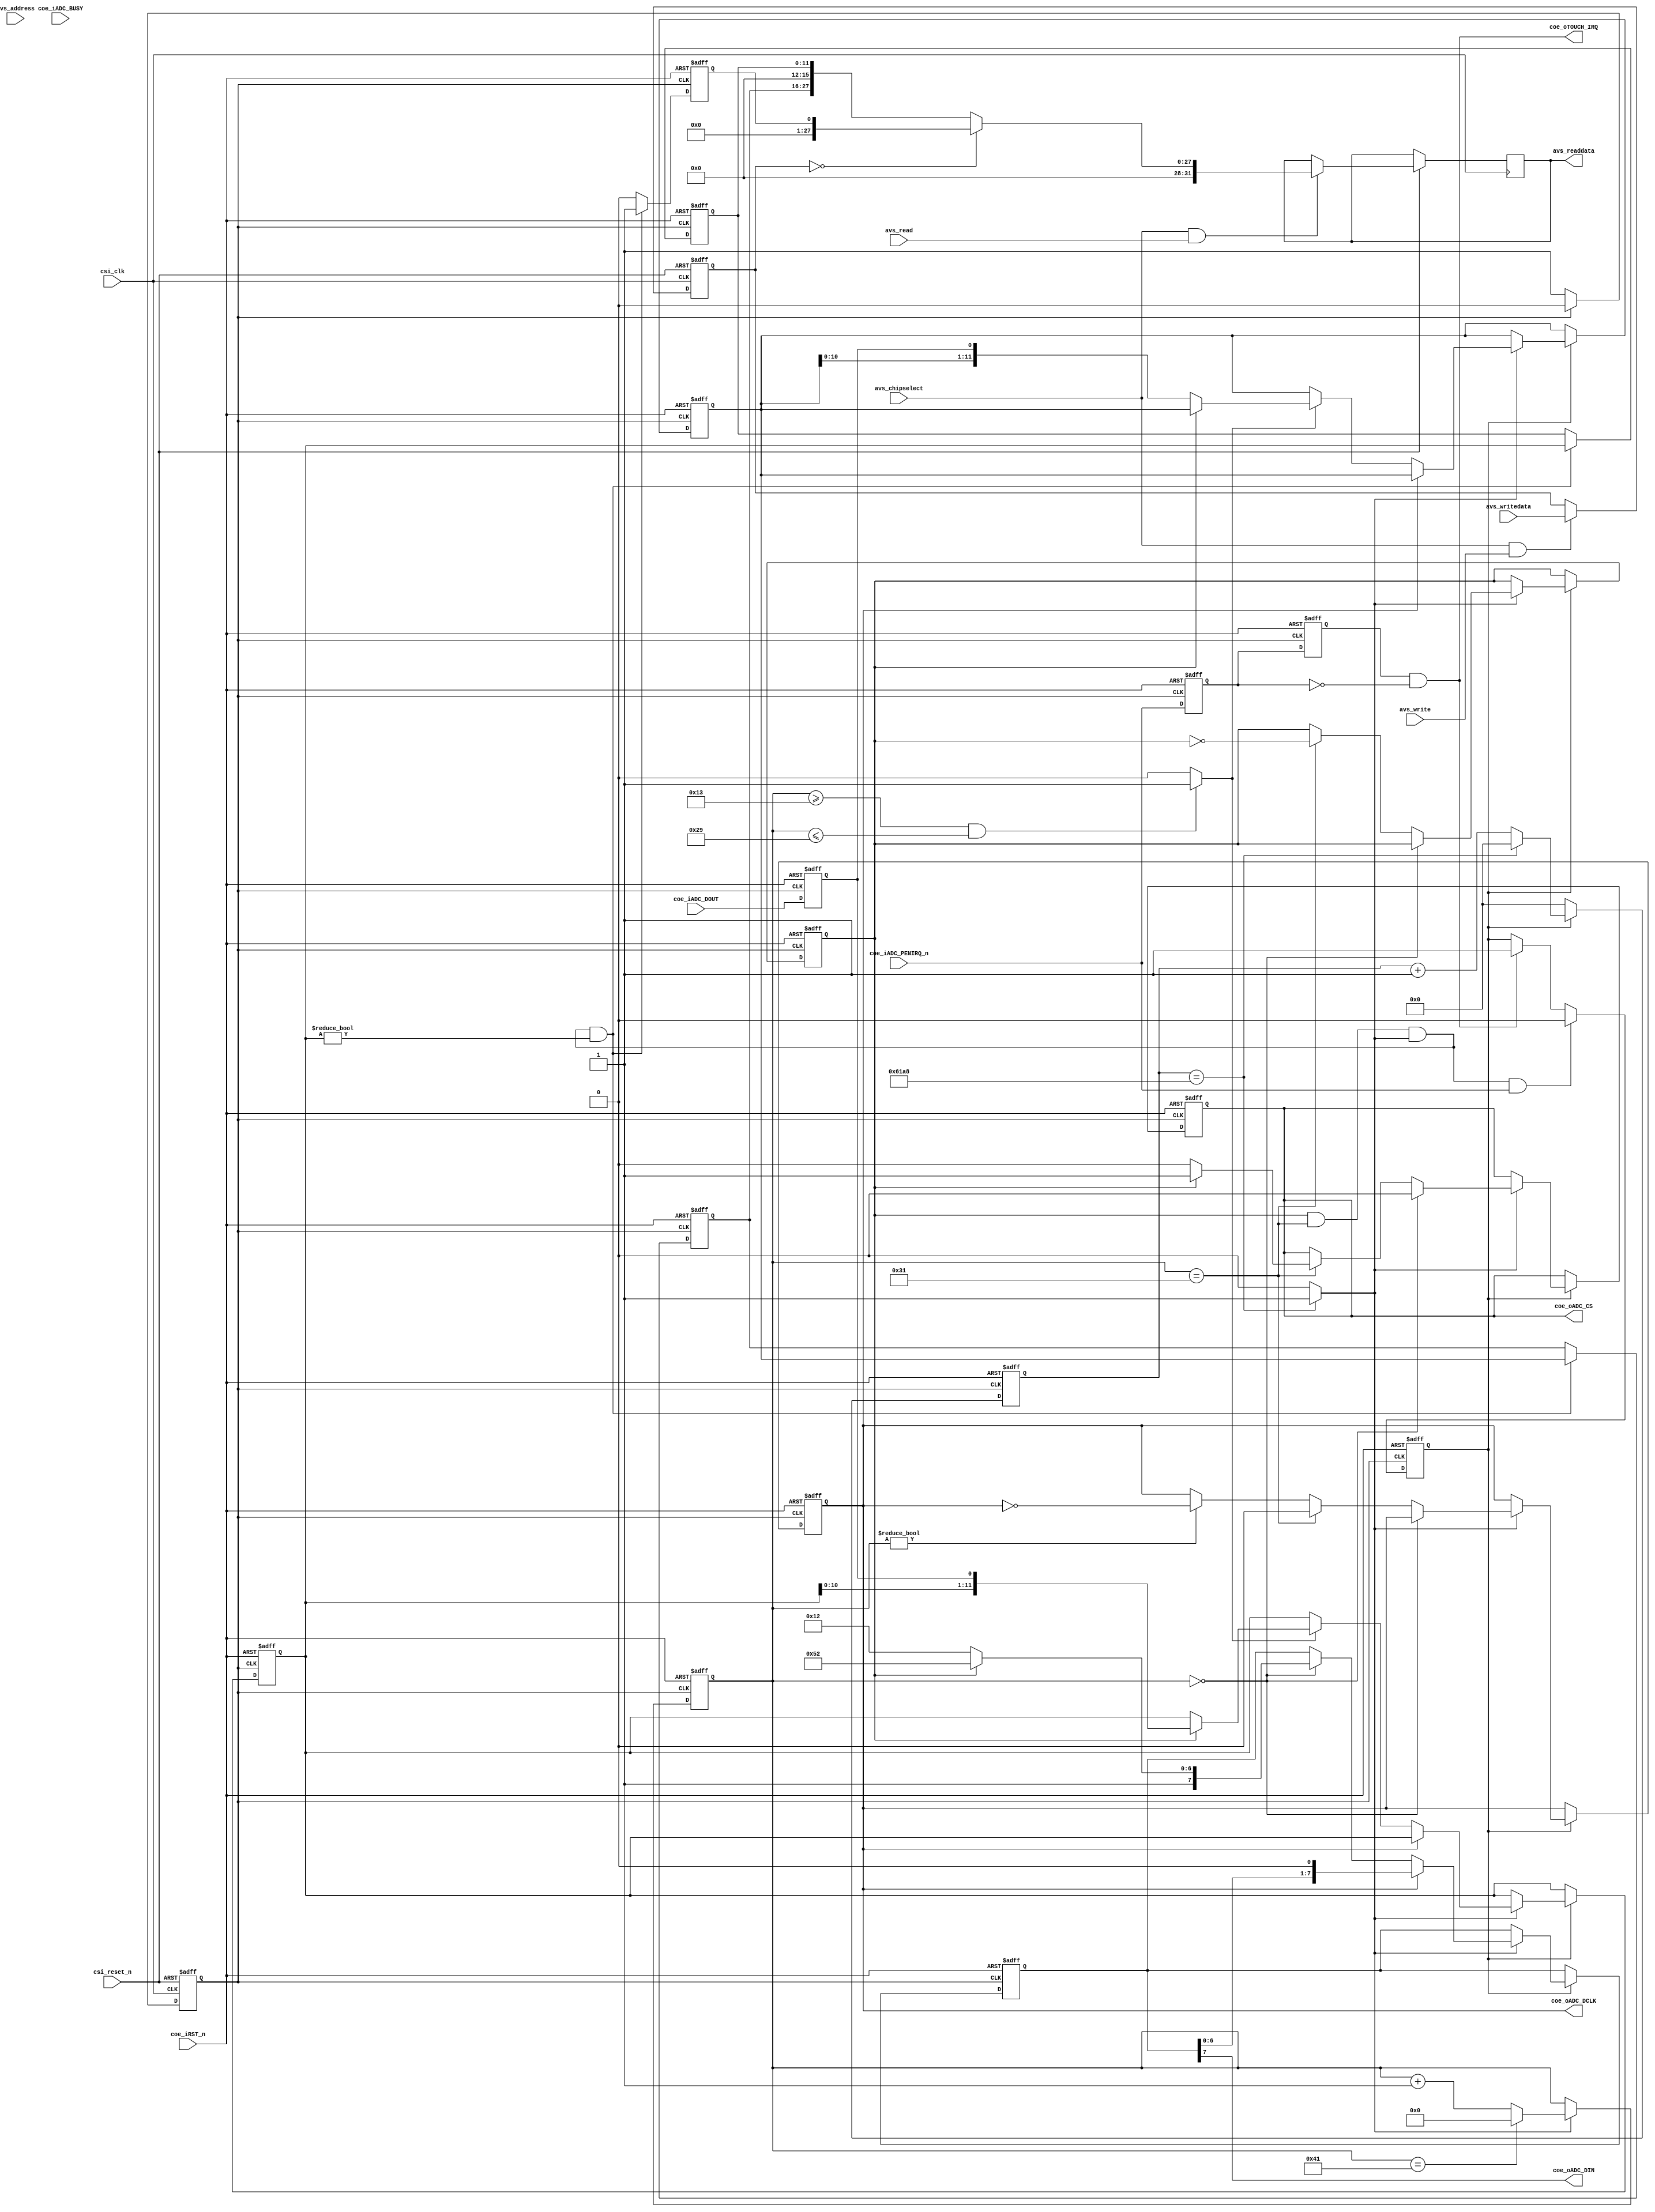
module adc_spi_controller (
		//---------------------- Avalon -----------------------
		csi_clk,                //100MHz Clock
		csi_reset_n,
		avs_chipselect,
		avs_address,
		avs_read,
		avs_readdata,
		avs_write,
		avs_writedata,
		//---------------------- User Interface --------------------
		coe_iRST_n,
		coe_oADC_DIN,
		coe_oADC_DCLK,
		coe_oADC_CS,
		coe_iADC_DOUT,
		coe_iADC_BUSY,
		coe_iADC_PENIRQ_n,
		coe_oTOUCH_IRQ,
		//coe_oX_COORD,
		//coe_oY_COORD
);

// Avalon
input 						csi_clk;
input 						csi_reset_n;
input 						avs_chipselect;
input 		[3:0] 		avs_address;
input 						avs_read;
output reg  [31:0] 		avs_readdata;
input 						avs_write;
input 		[31:0] 		avs_writedata;
// User Interface
//input							iCLK;
input							coe_iRST_n;
input							coe_iADC_DOUT;
input							coe_iADC_PENIRQ_n;
input							coe_iADC_BUSY;
output						coe_oADC_DIN;
output						coe_oADC_DCLK;
output						coe_oADC_CS;
output						coe_oTOUCH_IRQ;
//output 		[11:0]		coe_oX_COORD;
//output 		[11:0]      coe_oY_COORD;

//assign coe_oX_COORD = oX_COORD;
//assign coe_oY_COORD = oY_COORD;

always@(posedge csi_clk or negedge csi_reset_n)
begin
	if(!csi_reset_n)
		read_mode <= 32'd0;
	else
	begin
		if((avs_chipselect == 1) && (avs_write == 1))
			read_mode <= avs_writedata;
		if((avs_chipselect == 1) && (avs_read == 1))
		begin
			if(read_mode == 32'd0) // Read if the position is updated
				avs_readdata <= {31'd0, oNEW_COORD};
			else
				avs_readdata <= {4'd0, oX_COORD, 4'd0, oY_COORD};
		end
	end
end

reg			[11:0]		oX_COORD;
reg			[11:0]		oY_COORD;
reg 			[31:0] 		read_mode;

reg iCLK; // 50MHz Clock
always@(posedge csi_clk or negedge csi_reset_n)
begin
	if(!csi_reset_n)
		iCLK = 0;
	else
		iCLK = (iCLK == 1) ? 0 : 1;
end

wire iRST_n;
assign iRST_n = coe_iRST_n;
wire oADC_DIN;
assign coe_oADC_DIN = oADC_DIN;
wire oADC_DCLK;
assign coe_oADC_DCLK = oADC_DCLK;
wire oADC_CS;
assign coe_oADC_CS = oADC_CS;
wire iADC_DOUT;
assign iADC_DOUT = coe_iADC_DOUT;
wire iADC_BUSY;
assign iADC_BUSY = coe_iADC_BUSY;
wire iADC_PENIRQ_n;
assign iADC_PENIRQ_n = coe_iADC_PENIRQ_n;
wire oTOUCH_IRQ;
assign coe_oTOUCH_IRQ = oTOUCH_IRQ;
					
//============================================================================
// PARAMETER declarations
//============================================================================	
parameter SYSCLK_FRQ	= 50000000;
parameter ADC_DCLK_FRQ	= 1000;
parameter ADC_DCLK_CNT	= SYSCLK_FRQ/(ADC_DCLK_FRQ*2);
		
//=============================================================================
// REG/WIRE declarations
//=============================================================================
reg				d1_PENIRQ_n;
reg				d2_PENIRQ_n;
wire			touch_irq;
reg		[15:0]	dclk_cnt;
wire			dclk;
reg				transmit_en;
reg		[6:0]	spi_ctrl_cnt;
//wire			oADC_CS;
reg				mcs;
reg				mdclk;
wire	[7:0]	x_config_reg;
wire	[7:0]	y_config_reg;
wire	[7:0]	ctrl_reg;
reg		[7:0]	mdata_in;
reg				y_coordinate_config;
wire			eof_transmition;	
reg		[5:0]	bit_cnt;	
reg				madc_out;	
reg		[11:0]	mx_coordinate;
reg		[11:0]	my_coordinate;	
//reg		[11:0]	oX_COORD;
//reg		[11:0]	oY_COORD;
wire			rd_coord_strob;
reg				oNEW_COORD;
reg		[5:0]	irq_cnt;
reg		[15:0]	clk_cnt;
//=============================================================================
// Structural coding
//=============================================================================
assign	x_config_reg = 8'h92;
assign	y_config_reg = 8'hd2;

always@(posedge iCLK or negedge iRST_n)
	begin
		if (!iRST_n)
			madc_out <= 0;
		else
			madc_out <= iADC_DOUT;
	end		

///////////////   pen irq detect  //////// 
always@(posedge iCLK or negedge iRST_n)
	begin	
		if (!iRST_n)
			begin
				d1_PENIRQ_n	<= 0;
				d2_PENIRQ_n	<= 0;
			end
		else
			begin
				d1_PENIRQ_n	<= iADC_PENIRQ_n;	
				d2_PENIRQ_n	<= d1_PENIRQ_n;
			end
	end

// if iADC_PENIRQ_n form high to low , touch_irq goes high
assign		touch_irq = d2_PENIRQ_n & ~d1_PENIRQ_n; 
assign		oTOUCH_IRQ = touch_irq;
// if touch_irq goes high , starting transmit procedure ,transmit_en goes high
// if end of transmition and no penirq , transmit procedure stop.

always@(posedge iCLK or negedge iRST_n)
	begin
		if (!iRST_n)
			transmit_en <= 0;
		else if (eof_transmition&&iADC_PENIRQ_n) 
			transmit_en <= 0;	
		else if (touch_irq)
			transmit_en <= 1;
	end			

always@(posedge iCLK or negedge iRST_n)
	begin
		if (!iRST_n)
			dclk_cnt <= 0;
		else if (transmit_en) 
			begin
				if (dclk_cnt == ADC_DCLK_CNT)
					dclk_cnt <= 0;
				else
					dclk_cnt <= dclk_cnt + 1;		
			end
		else
			dclk_cnt <= 0;
	end			
	
assign	dclk =   (dclk_cnt == ADC_DCLK_CNT)? 1 : 0;		

always@(posedge iCLK or negedge iRST_n)
	begin
		if (!iRST_n)
			spi_ctrl_cnt <= 0;
		else if (dclk)	
			begin
				if (spi_ctrl_cnt == 65)
					spi_ctrl_cnt <= 0;						
				else
					spi_ctrl_cnt <= spi_ctrl_cnt + 1;		
			end
	end				

always@(posedge iCLK or negedge iRST_n)
	begin
		if (!iRST_n)
			begin
				mcs 	<= 1;
				mdclk	<= 0;
				mdata_in <= 0;
				y_coordinate_config <= 0;
				mx_coordinate <= 0;
				my_coordinate <= 0;
			end
		else if (transmit_en)
			begin
				if (dclk)
					begin
						if (spi_ctrl_cnt == 0)
							begin
								mcs 	<= 0;
								mdata_in <= ctrl_reg;
							end	
						else if (spi_ctrl_cnt == 49)
							begin
								mdclk	<= 0;
								y_coordinate_config <= ~y_coordinate_config;
								
								if (y_coordinate_config)
									mcs 	<= 1;
								else
									mcs 	<= 0;	
							end
						else if (spi_ctrl_cnt != 0)
							mdclk	<= ~mdclk;				
						if (mdclk)
							mdata_in <= {mdata_in[6:0],1'b0};
						if (!mdclk)	
							begin
								if(rd_coord_strob)
									begin
										if(y_coordinate_config)
											my_coordinate <= {my_coordinate[10:0],madc_out};
										else
											mx_coordinate <= {mx_coordinate[10:0],madc_out};	
									end
							end		
					end				
			end
	end

assign	oADC_CS  = mcs;
assign	oADC_DIN = 	mdata_in[7];
assign	oADC_DCLK = mdclk;
assign	ctrl_reg = y_coordinate_config ? y_config_reg : x_config_reg;
 
assign	eof_transmition = (y_coordinate_config & (spi_ctrl_cnt == 49) & dclk);

assign	rd_coord_strob = ((spi_ctrl_cnt>=19)&&(spi_ctrl_cnt<=41)) ? 1 : 0;

always@(posedge iCLK or negedge iRST_n)
	begin
		if (!iRST_n)
			begin
				oX_COORD <= 0;	
				oY_COORD <= 0;
			end
		else if (eof_transmition&&(my_coordinate!=0))
			begin			
				oX_COORD <= mx_coordinate;	
				oY_COORD <= my_coordinate;
			end	
	end

always@(posedge iCLK or negedge iRST_n)
	begin
		if (!iRST_n)
			oNEW_COORD <= 0;
		else if (eof_transmition&&(my_coordinate!=0))
			oNEW_COORD <= 1;
		else
			oNEW_COORD <= 0;		
	end

endmodule